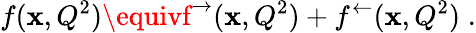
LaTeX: f(\mathbf{x},Q^{2})\equivf^{\rightarrow}(\mathbf{x},Q^{2})+f^{\leftarrow}(\mathbf{x},Q^{2})\; .